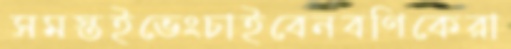
সমস্তইভেংচাইবেনবণিকেরা